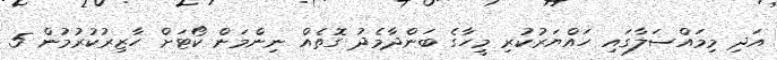
އަދި މިމައްސަލާގައި ހައްޔަރުކުރި މީހާގެ ބަންދާމެދު ގޮތެއް ނިންމަން ކޯޓަށް ހާޒިރުކުރުމުން 5